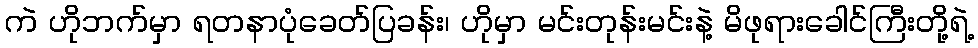
ကဲ ဟိုဘက်မှာ ရတနာပုံခေတ်ပြခန်း၊ ဟိုမှာ မင်းတုန်းမင်းနဲ့ မိဖုရားခေါင်ကြီးတို့ရဲ့